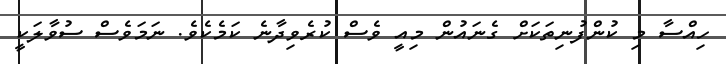
ހިއްސާ މި ކުންފުނިތަކަށް ގެނައުން މިއީ ވެސް ކުރެވިދާނެ ކަމެކެވެ. ނަމަވެސް ސުވާލަކީ